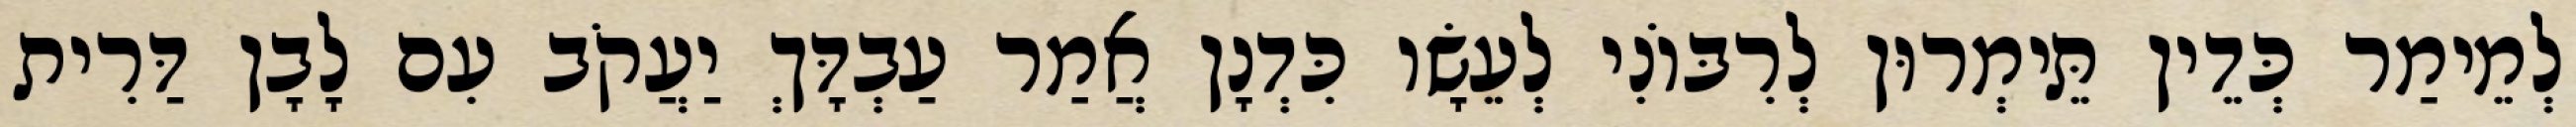
לְמֵימַר כְּדֵין תֵּימְרוּן לְרִבּוֹנִי לְעֵשָׂו כִּדְנָן אֲמַר עַבְדָּךְ יַעֲקֹב עִם לָבָן דַּרִית